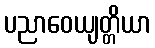
ပညာဝေယျတ္တိယာ